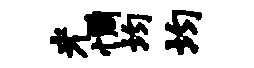
光惆均均